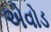
એવોડ